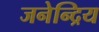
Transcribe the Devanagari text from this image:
जनेन्द्रिय